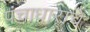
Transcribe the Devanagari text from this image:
पंचाधाराचे